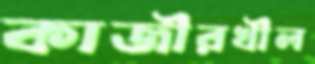
কাজীরখীল